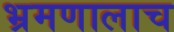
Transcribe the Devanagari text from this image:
भ्रमणालाच